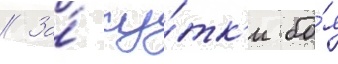
// За́ су́тк'и бо́я